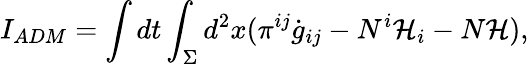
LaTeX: I_{ADM}=\int dt\int_{\Sigma}d^{2}x(\pi^{ij}\dot{g}_{ij}-N^{i}{\cal H}_{i}-N{\cal H}),